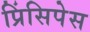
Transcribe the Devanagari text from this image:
प्रिंसिपेस